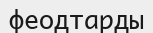
феодтарды